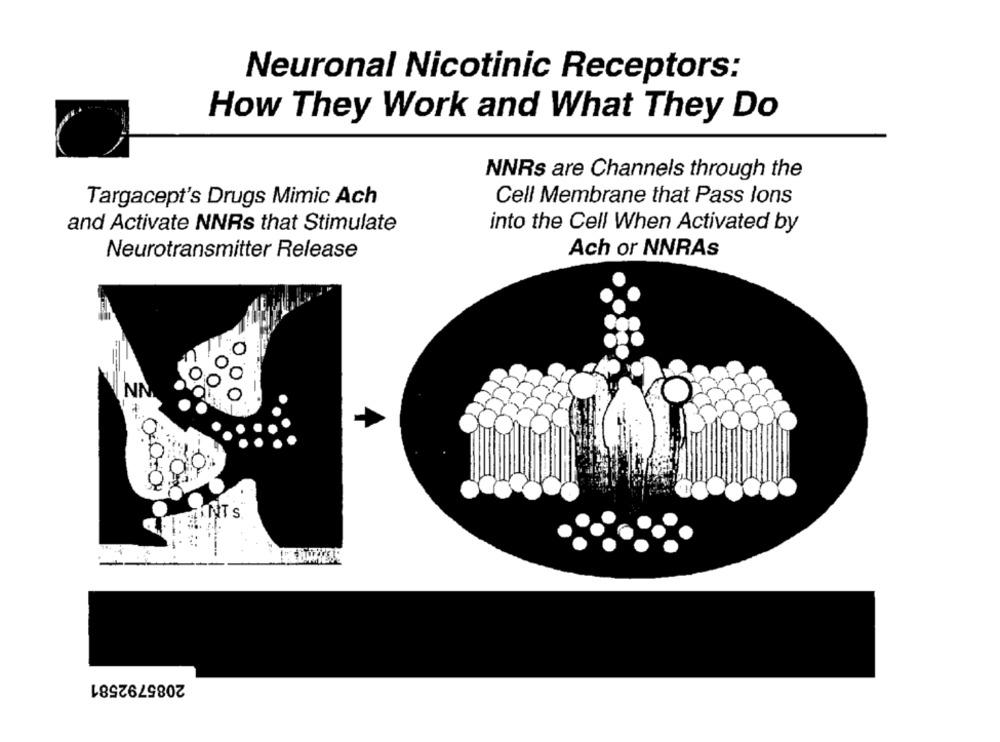
Neuronal Nicotinic Receptors:
How They Work and What They Do
NNRs are Channels through the
Cell Membrane that Pass lons
Targacept's Drugs Mimic Ach
and Activate NNRs that Stimulate
into the Cell When Activated by
Ach or NNRAs
Neurotransmitter Release
NN
2085792581